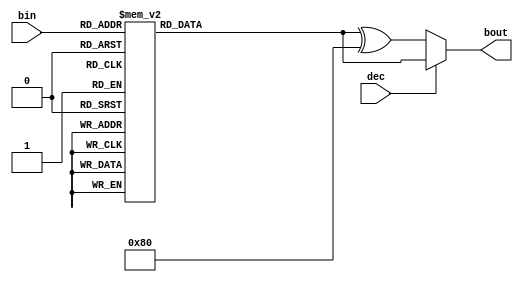
/******************************************************************************
 * @Title: SevenSegment.v
 *
 * @authors Brandon Lewien
 * @date March 1st, 2018
 * @version 1.0--3/4/18BL
 *
 * Compiled using Quartus Prime Lite
 *
 * ***************************************************************************/

module SevenSegment(bin,dec,bout);

	input[3:0] bin;
	input dec;
	output reg[7:0] bout;
	
	always@(bin)
	begin
		case(bin)
			4'b0000: bout = 8'b01000000;
			4'b0001: bout = 8'b01111001;
			4'b0010: bout = 8'b00100100;
			4'b0011: bout = 8'b00110000;
			4'b0100: bout = 8'b00011001;
			4'b0101: bout = 8'b00010010;
			4'b0110: bout = 8'b00000010;
			4'b0111: bout = 8'b01111000; 
			4'b1000: bout = 8'b00000000; 
			4'b1001: bout = 8'b00010000; 
			4'b1010: bout = 8'b00001000; 
			4'b1011: bout = 8'b00000011;
			4'b1100: bout = 8'b01000110;
			4'b1101: bout = 8'b00100001;
			4'b1110: bout = 8'b00000110;
			4'b1111: bout = 8'b00001110;
			default: bout = 8'b00000000;
		endcase
		case(dec)
			1'b0: bout = bout ^ 8'b10000000;
		endcase
	end
endmodule